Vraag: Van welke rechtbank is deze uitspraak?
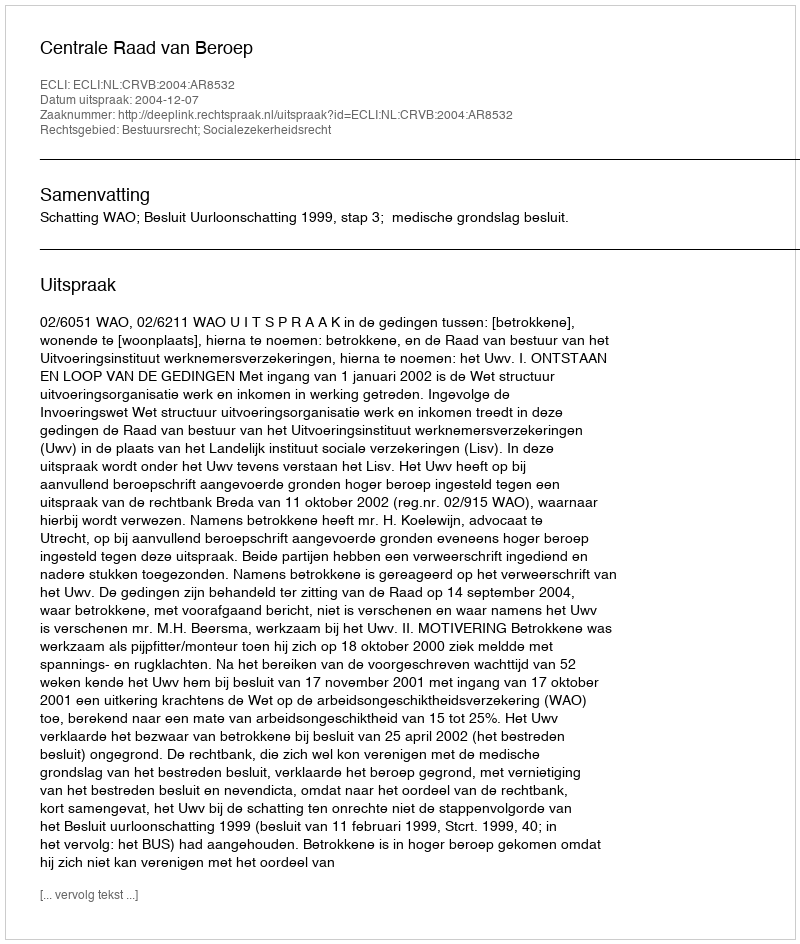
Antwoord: Centrale Raad van Beroep